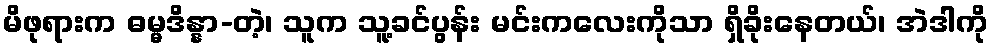
မိဖုရားက ဓမ္မဒိန္နာ-တဲ့၊ သူက သူ့ခင်ပွန်း မင်းကလေးကိုသာ ရှိခိုးနေတယ်၊ အဲဒါကို